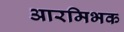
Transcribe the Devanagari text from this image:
आरमिभक